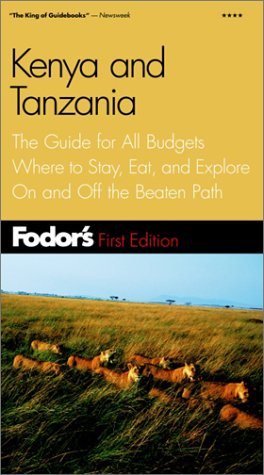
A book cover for Fodor's Kenya and Tanzania, 1st Edition: The Guide for All Budgets Where to Stay, Eat, and Explore On and Off the Beaten Path (Fodor's Gold Guides); Fodor's; Travel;